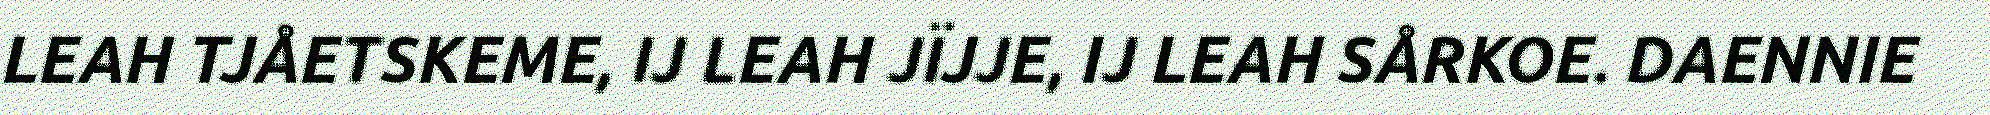
LEAH TJÅETSKEME, IJ LEAH JÏJJE, IJ LEAH SÅRKOE. DAENNIE